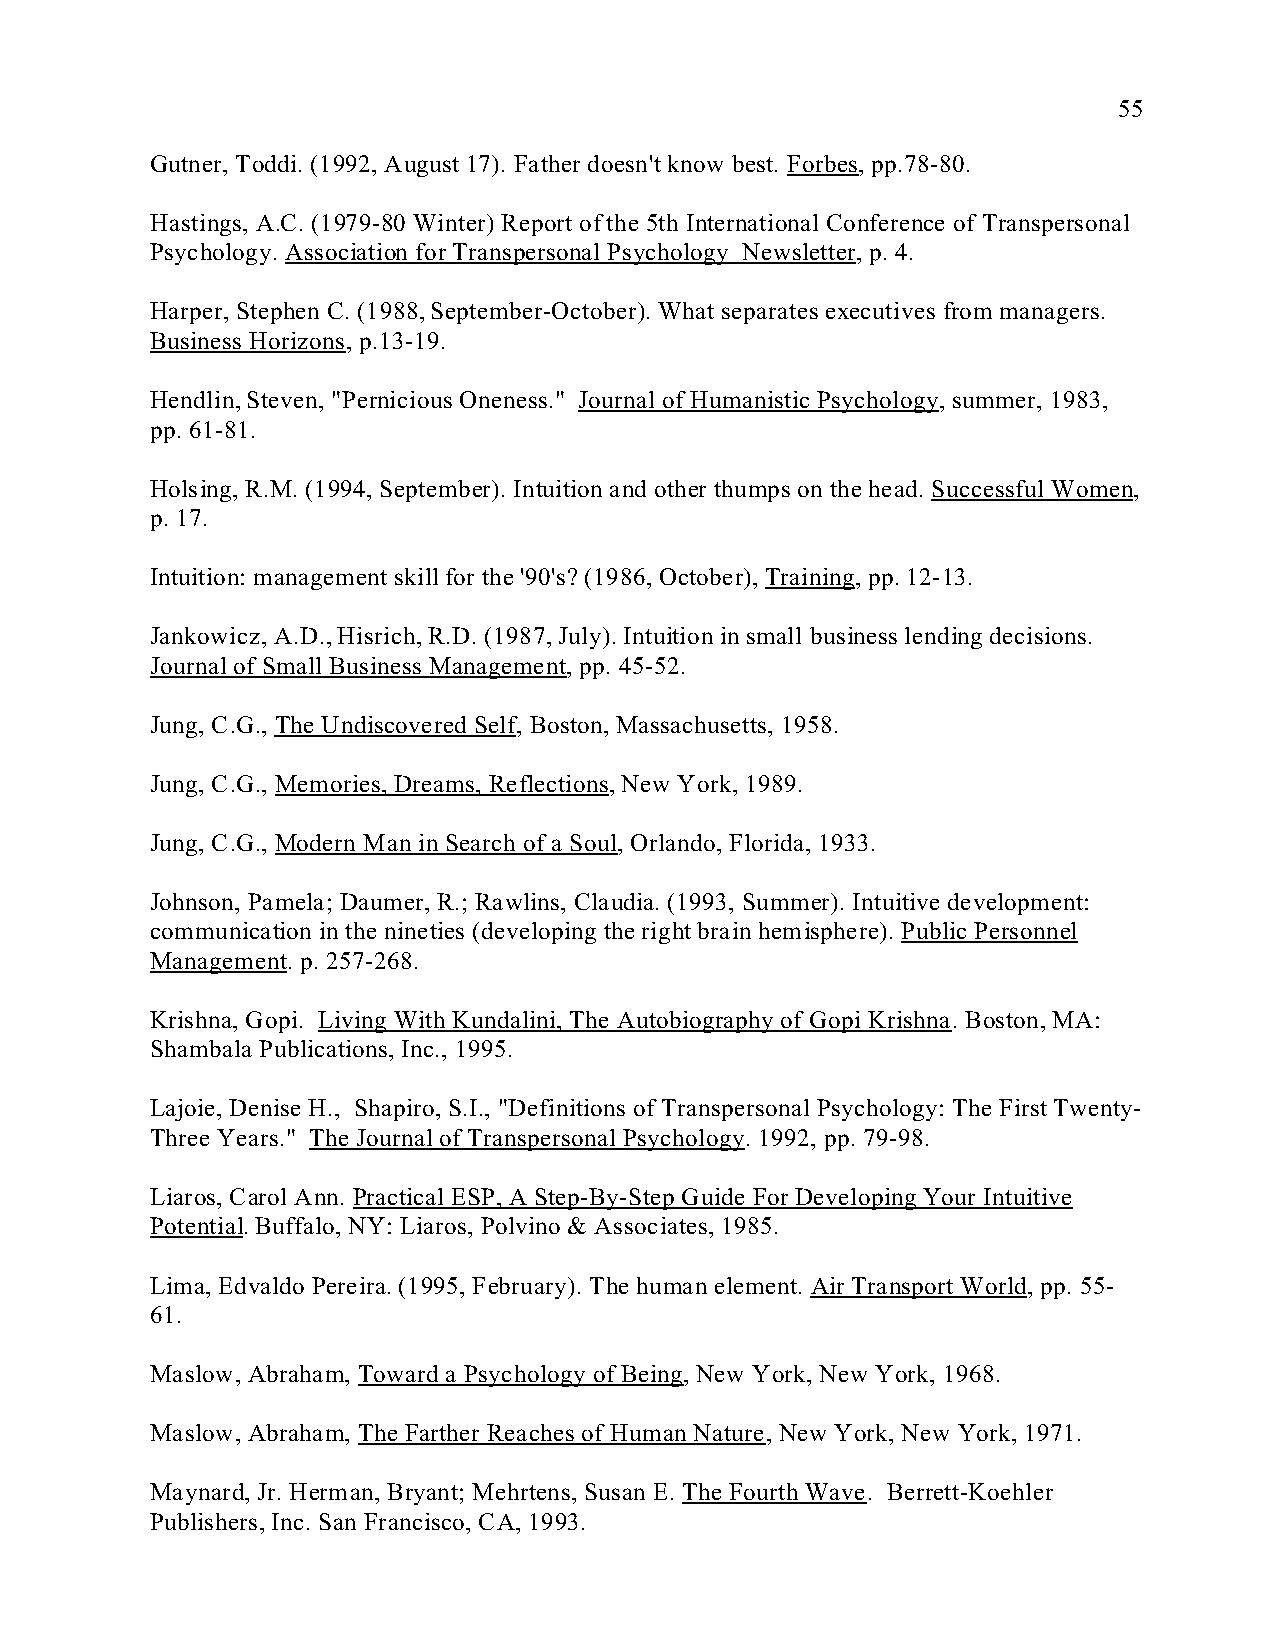
55
 Gutner, Toddi. (1992, August 17). Father doesn't know best. Forbes, pp.78-80.
 Hastings, A.C. (1979-80 Winter) Report of the 5th International Conference of Transpersonal
 Psychology. Association for Transpersonal Psychology Newsletter, p. 4.
 Harper, Stephen C. (1988, September-October). What separates executives from managers.
 Business Horizons, p.13-19.
 Hendlin, Steven, "Pernicious Oneness." Journal of Humanistic Psychology, summer, 1983,
 pp. 61-81.
 Holsing, R.M. (1994, September). Intuition and other thumps on the head. Successful Women,
 p. 17.
 Intuition: management skill for the '90's? (1986, October), Training, pp. 12-13.
 Jankowicz, A.D., Hisrich, R.D. (1987, July). Intuition in small business lending decisions.
 Journal of Small Business Management, pp. 45-52.
 Jung, C.G., The Undiscovered Self, Boston, Massachusetts, 1958.
 Jung, C.G., Memories, Dreams, Reflections, New York, 1989.
 Jung, C.G., Modern Man in Search of a Soul, Orlando, Florida, 1933.
 Johnson, Pamela; Daumer, R.; Rawlins, Claudia. (1993, Summer). Intuitive development:
 communication in the nineties (developing the right brain hemisphere). Public Personnel
 Management. p. 257-268.
 Krishna, Gopi. Living With Kundalini, The Autobiography of Gopi Krishna. Boston, MA:
 Shambala Publications, Inc., 1995.
 Lajoie, Denise H., Shapiro, S.I., "Definitions of Transpersonal Psychology: The First Twenty-
 Three Years." The Journal of Transpersonal Psychology. 1992, pp. 79-98.
 Liaros, Carol Ann. Practical ESP, A Step-By-Step Guide For Developing Your Intuitive
 Potential. Buffalo, NY: Liaros, Polvino & Associates, 1985.
 Lima, Edvaldo Pereira. (1995, February). The human element. Air Transport World, pp. 55-
 61.
 Maslow, Abraham, Toward a Psychology of Being, New York, New York, 1968.
 Maslow, Abraham, The Farther Reaches of Human Nature, New York, New York, 1971.
 Maynard, Jr. Herman, Bryant; Mehrtens, Susan E. The Fourth Wave. Berrett-Koehler
 Publishers, Inc. San Francisco, CA, 1993.